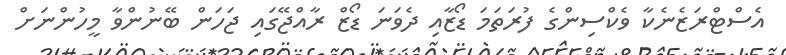
އެސްޓްރަޒެނެކާ ވެކްސިންގެ ފުރަތަމަ ޑޯޒާއި ދެވަނަ ޑޯޒް ރާއްޖޭގައި ޖަހަން ބޭނުންވާ މީހުންނަށް